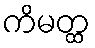
ကိမတ္ထ